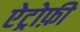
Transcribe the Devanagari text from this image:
ऐट्रोफ़ी